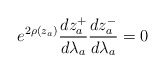
\begin{align*} e^{2\rho(z_a)} \frac{dz_a^+}{d\lambda_a} \frac{dz_a^-}{d\lambda_a} = 0\end{align*}